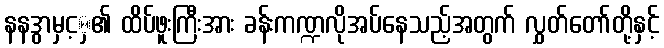
နနဒွာမှင့ှ၏ ထိပ်ဖူးကြီးအား ခန်းကဏ္ဍလိုအပ်နေသည့်အတွက် လွှတ်တော်တို့နှင့်